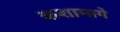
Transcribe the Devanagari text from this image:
कशामागे